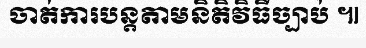
ចាត់ការបន្តតាមនិតិវិធីច្បាប់ ៕